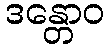
ဒန္တောဝ